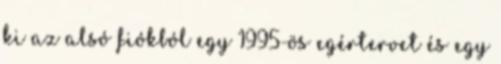
ki az alsó fiókból egy 1995-ös egértervet és egy